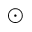
\odot